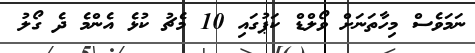
ނަމަވެސް މިހާތަނަށް ވޯލްޑް ކަޕުގައި 10 މެޗު ކުޅެ އެންމެ ދެ ގޯލު